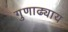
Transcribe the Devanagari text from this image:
गुणाढ्याय